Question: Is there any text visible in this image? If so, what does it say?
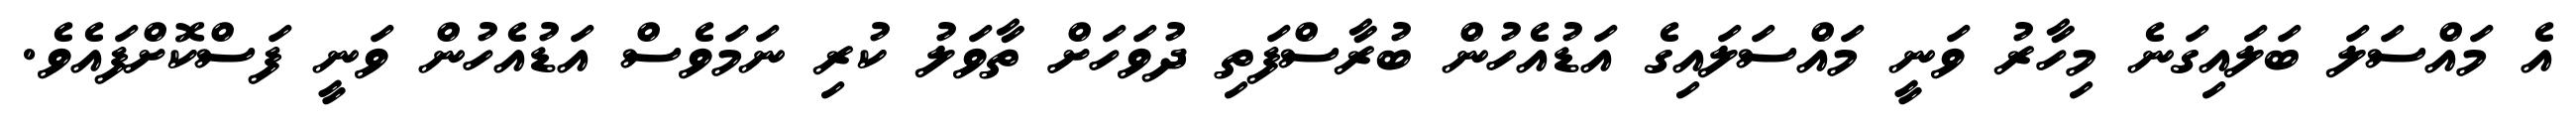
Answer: އެ މައްސަލަ ބަލައިގަނެ މިހާރު ވަނީ މައްސަލައިގެ އަޑުއެހުން ބުރާސްފަތި ދުވަހަށް ތާވަލު ކުރި ނަމަވެސް އަޑުއެހުން ވަނީ ފަސްކޮށްފައެވެ.